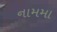
નામમા